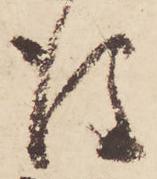
後